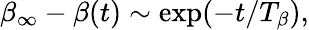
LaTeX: \beta_{\infty}-\beta(t)\sim\mathrm{exp}(-t/T_{\beta}),